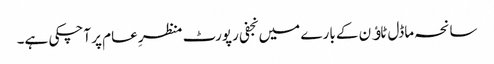
سانحہ ماڈل ٹاﺅن کے بارے میں نجفی رپورٹ منظرِ عام پر آچکی ہے۔